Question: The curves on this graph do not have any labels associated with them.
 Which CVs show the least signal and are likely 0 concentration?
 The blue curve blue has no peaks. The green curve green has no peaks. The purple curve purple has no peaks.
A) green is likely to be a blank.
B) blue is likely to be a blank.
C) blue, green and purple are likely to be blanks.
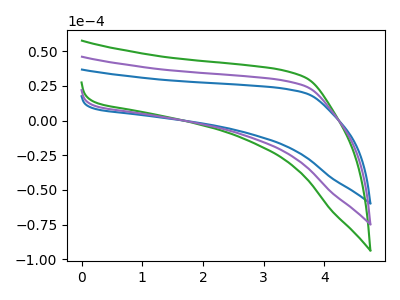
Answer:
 <answer>C) "blue", "green" and "purple" are likely to be blanks.</answer>
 <eval>C</eval>